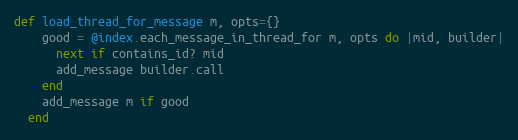
Language: Ruby
def load_thread_for_message m, opts={}
    good = @index.each_message_in_thread_for m, opts do |mid, builder|
      next if contains_id? mid
      add_message builder.call
    end
    add_message m if good
  end